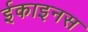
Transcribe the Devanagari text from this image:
ईकाइनस